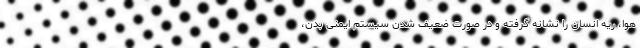
هوا، ریه انسان را نشانه گرفته و در صورت ضعیف شدن سیستم ایمنی بدن،